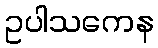
ဥပါသကေန